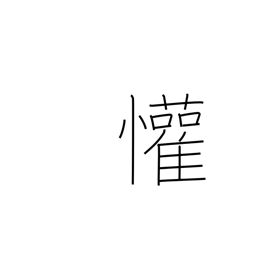
Meaning: rejoice